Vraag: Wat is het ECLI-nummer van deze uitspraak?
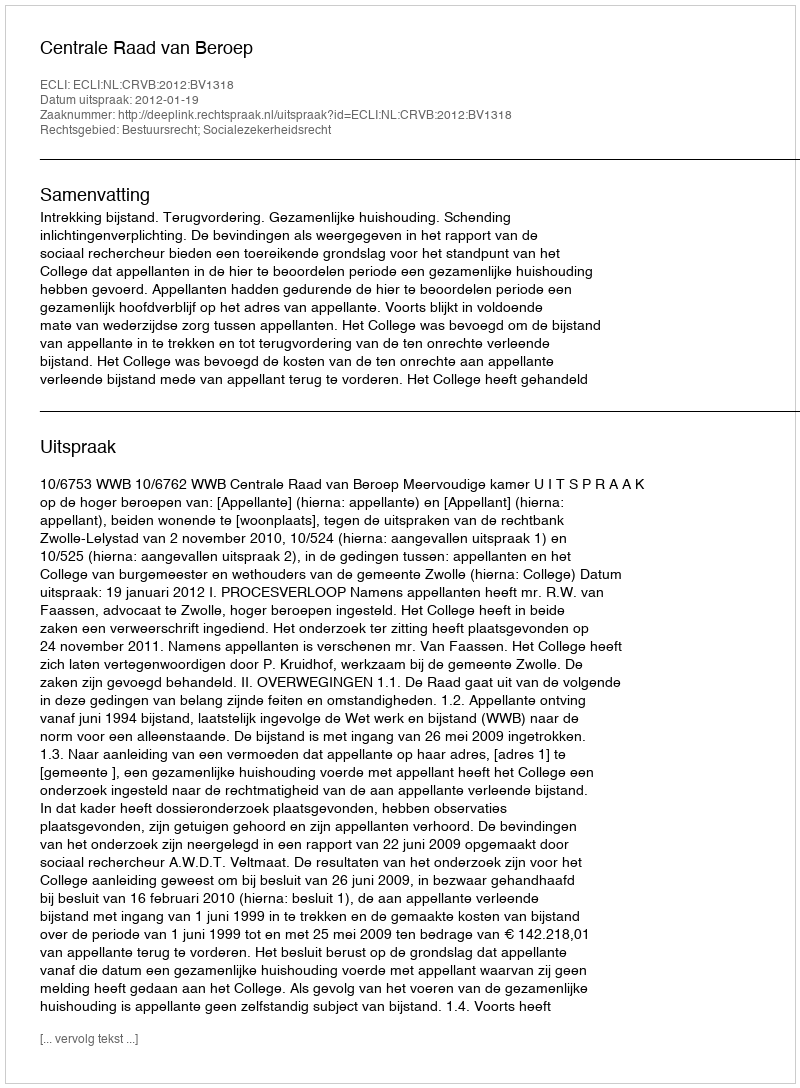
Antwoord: ECLI:NL:CRVB:2012:BV1318